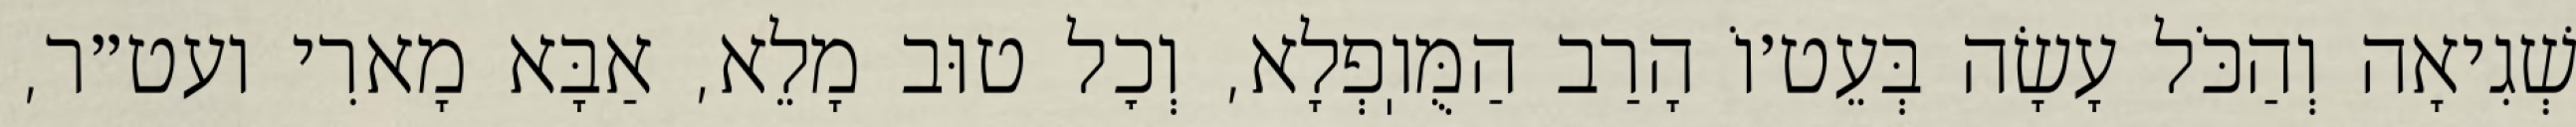
שְׁגִיאָה וְהַכֹּל עָשָׂה בְּעֵט׳וֹ הָרַב הַמֻּוֽפְלָא, וְכׇל טוּב מָלֵא, אַבָּא מָארִי ועט״ר,